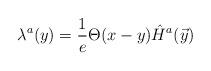
LaTeX: \begin{align*}\lambda^a(y)={\frac{1}{e}}\Theta(x-y)\hat H^a(\vec y) \end{align*}